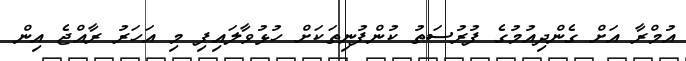
އުމްރާ އަށް ގެންދިއުމުގެ ފުރުސަތު ކުންފުނިތަކަށް ހުޅުވާލައިފި މި އަހަރު ރާއްޖެ އިން